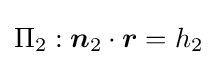
\Pi _{2}:{\boldsymbol {n}}_{2}\cdot {\boldsymbol {r}}=h_{2}